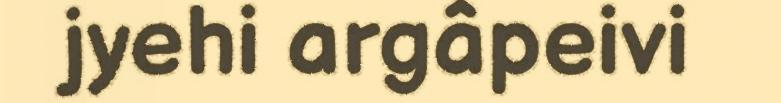
jyehi argâpeivi